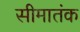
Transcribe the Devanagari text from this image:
सीमातंक